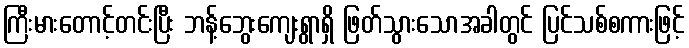
ကြီးမားတောင့်တင်းပြီး ဘန့်ဘွေးကျေးရွာရှိ ဖြတ်သွားသောအခါတွင် ပြင်သစ်စကားဖြင့်